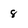
Character: 8